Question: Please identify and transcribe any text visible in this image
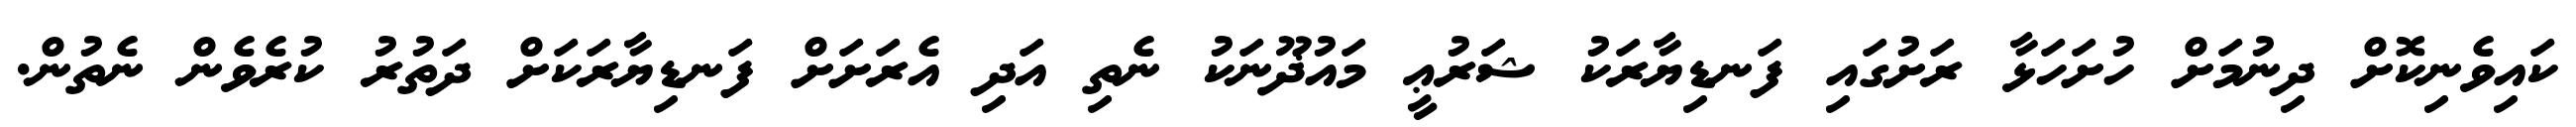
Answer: ކައިވެނިކޮށް ދިނުމަށް ހުށަހަޅާ ރަށުގައި ފަނޑިޔާރަކު ޝަރުޢީ މައުޛޫނަކު ނެތި އަދި އެރަށަށް ފަނޑިޔާރަކަށް ދަތުރު ކުރެވެން ނެތުން.